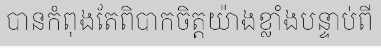
បានកំពុងតែពិបាកចិត្តយ៉ាងខ្លាំងបន្ទាប់ពី